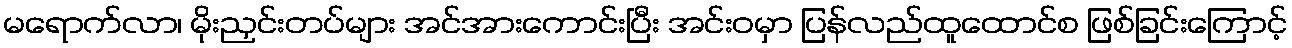
မရောက်လာ၊ မိုးညှင်းတပ်များ အင်အားကောင်းပြီး အင်းဝမှာ ပြန်လည်ထူထောင်စ ဖြစ်ခြင်းကြောင့်